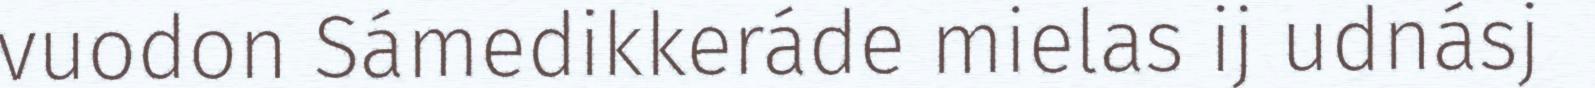
vuodon Sámedikkeráde mielas ij udnásj